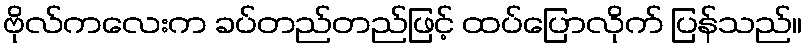
ဗိုလ်ကလေးက ခပ်တည်တည်ဖြင့် ထပ်ပြောလိုက် ပြန်သည်။